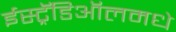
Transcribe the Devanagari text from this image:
ईस्ट्रॅडिऑलमधे